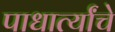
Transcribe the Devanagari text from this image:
पाधार्त्यांचे